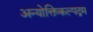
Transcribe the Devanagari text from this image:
अन्योक्तिकल्पद्रम